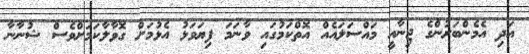
އަދި އެމެންބަރުންގެ ޖިނާއީ މައްސަލައެއް އޮތްކަމުގައި ވާނަމަ ފިޔަވަޅު އެޅުމަށް ގޮވާލާކަމަށްވެސް ޝުނާނާ